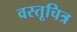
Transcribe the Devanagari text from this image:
वस्तूचित्र